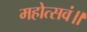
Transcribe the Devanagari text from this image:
महोत्सवं॥